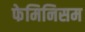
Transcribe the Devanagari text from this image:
फेमिनिसम